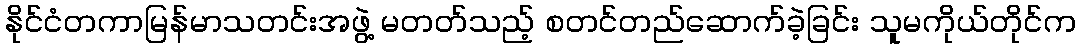
နိုင်ငံတကာမြန်မာသတင်းအဖွဲ့ မတတ်သည့် စတင်တည်ဆောက်ခဲ့ခြင်း သူမကိုယ်တိုင်က